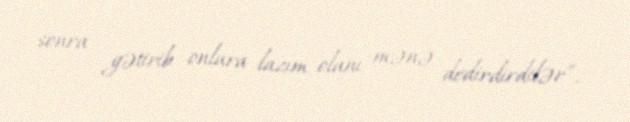
sonra gətirib onlara lazım olanı mənə dedirdirdilər”.